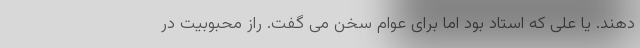
دهند. یا علی که استاد بود اما برای عوام سخن می گفت. راز محبوبیت در